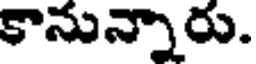
కానున్నారు.